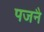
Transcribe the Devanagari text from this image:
पजनै